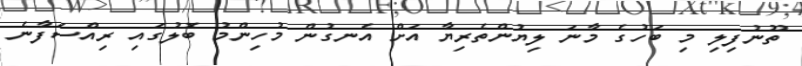
ތޫނުފިލި މި ބަހުގެ މާނަ ލިޔުންތެރިޔާ އަށް އެނގުން މުހިންމު ބޮލުގައި ރިއްސަފާނެ